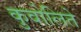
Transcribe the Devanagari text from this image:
कुवोलिते